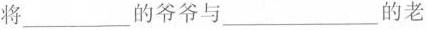
将___的爷爷与___的老